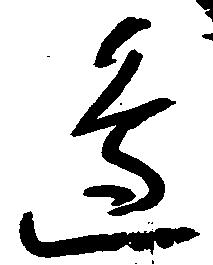
辺